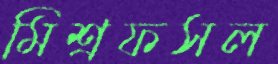
মিশ্রফসল